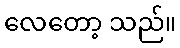
လေတော့ သည်။